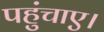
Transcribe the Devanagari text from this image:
पहुंचाए।